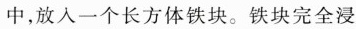
中，放入一个长方体铁块。铁块完全浸